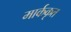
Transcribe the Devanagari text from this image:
मार्ककृत